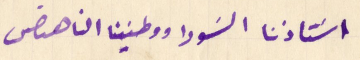
استاذنا السَودا ووطنينا الناهض